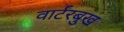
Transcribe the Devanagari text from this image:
वार्टरबुख